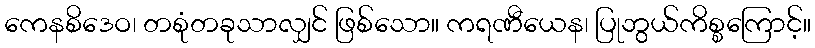
ကေနစိဒေဝ၊ တစုံတခုသာလျှင် ဖြစ်သော။ ကရဏီယေန၊ ပြုဘွယ်ကိစ္စကြောင့်။